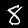
Digit: 8